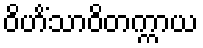
ဝိဟိံသာဝိတက္ကာယ